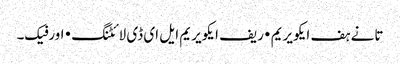
تانے ہف ایکویریم • ریف ایکویریم ایل ای ڈی لائٹنگ • اورفیک۔